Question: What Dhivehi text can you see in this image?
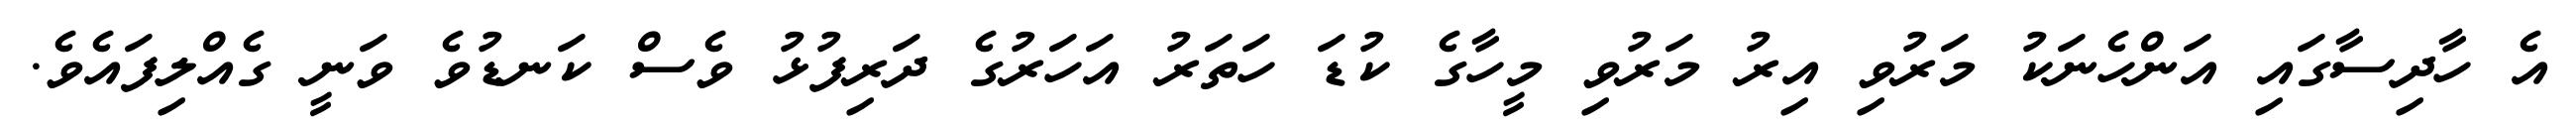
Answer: އެ ހާދިސާގައި އަންހެނަކު މަރުވި އިރު މަރުވި މީހާގެ ކުޑަ ހަތަރު އަހަރުގެ ދަރިފުޅު ވެސް ކަނޑުވެ ވަނީ ގެއްލިފައެވެ.